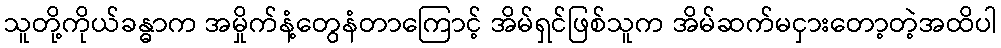
သူတို့ကိုယ်ခန္ဓာက အမှိုက်နံ့တွေနံတာကြောင့် အိမ်ရှင်ဖြစ်သူက အိမ်ဆက်မငှားတော့တဲ့အထိပါ